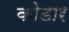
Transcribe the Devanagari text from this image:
कोडार